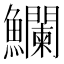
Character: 𩽥